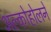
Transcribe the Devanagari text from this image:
अल्कोहोलने